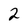
Character: 2